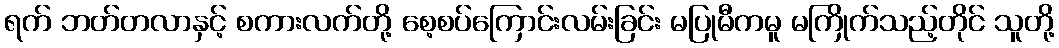
ရက် ဘတ်တလာနှင့် စကားလက်တို့ စေ့စပ်ကြောင်းလမ်းခြင်း မပြုမီကမူ မကြိုက်သည့်တိုင် သူတို့